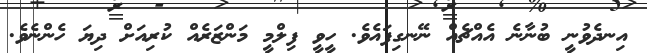
އިނދެވުނީ ބުނާނެ އެއްޗެއް ނޭނގިފައެވެ. ހީވީ ފިލްމީ މަންޒަރެއް ކުރިއަށް ދިޔަ ހެންނެވެ.